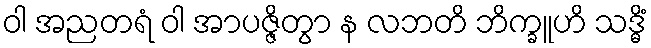
ဝါ အညတရံ ဝါ အာပဇ္ဇိတွာ န လဘတိ ဘိက္ခူဟိ သဒ္ဓိံ